Indian journal of veterinary science and animal husbandry - Volume 11,
Year: 1941
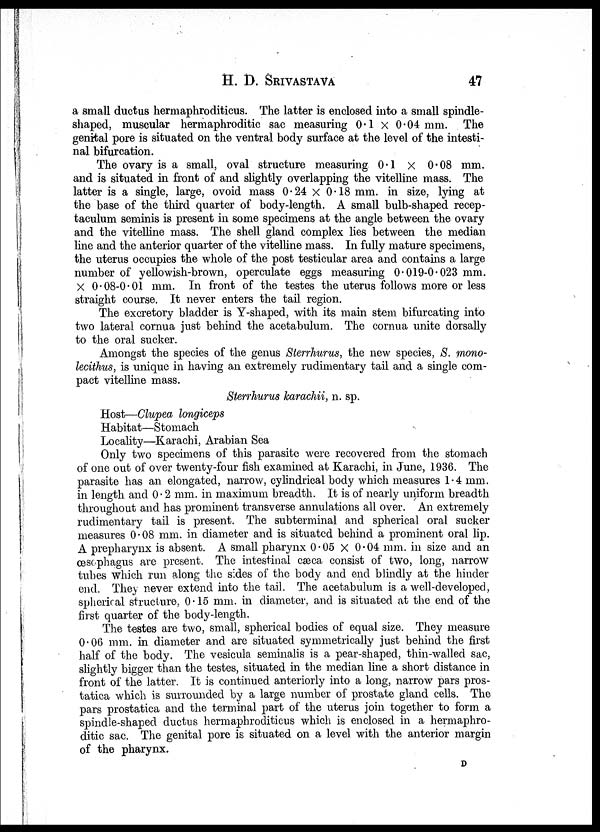
H. D.
SRIVASTAVA
47
a small ductus hermaphroditicus. The latter is enclosed into a small spindle-
shaped, muscular hermaphroditic sac measuring 0.1 × 0.04 mm. The
genital pore is situated on the ventral body surface at the level of the intesti-
nal bifurcation.
The ovary is a small, oval structure measuring 0.1 × 0.08 mm.
and is situated in front of and slightly overlapping the vitelline mass. The
latter is a single, large, ovoid mass 0.24 × 0.18 mm. in size, lying at
the base of the third quarter of body-length. A small bulb-shaped recep¬
taculum seminis is present in some specimens at the angle between the ovary
and the vitelline mass. The shell gland complex lies between the median
line and the anterior quarter of the vitelline mass. In fully mature specimens,
the uterus occupies the whole of the post testicular area and contains a large
number of yellowish-brown, operculate eggs measuring 0.019-0.023 mm.
× 0.08-0.01 mm. In front of the testes the uterus follows more or less
straight course. It never enters the tail region.
The excretory bladder is Y-shaped, with its main stem bifurcating into
two lateral cornua just behind the acetabulum. The cornua unite dorsally
to the oral sucker.
Amongst the species of the genus Sterrhurus, the new species, S. mono¬
lecithus, is unique in having an extremely rudimentary tail and a single com-
pact vitelline mass.
Sterrhurus karachii, n. sp.
Host—Clupea longiceps
Habitat—Stomach
Locality—Karachi, Arabian Sea
Only two specimens of this parasite were recovered from the stomach
of one out of over twenty-four fish examined at Karachi, in June, 1936. The
parasite has an elongated, narrow, cylindrical body which measures 1.4 mm.
in length and 0.2 mm. in maximum breadth. It is of nearly uniform breadth
throughout and has prominent transverse annulations all over. An extremely
rudimentary tail is present. The subterminal and spherical oral sucker
measures 0.08 mm. in diameter and is situated behind a prominent oral lip.
A prepharynx is absent. A small pharynx 0.05 × 0.04 mm. in size and an
œsophagus are present. The intestinal cæca consist of two, long, narrow
tubes which run along the sides of the body and end blindly at the hinder
end. They never extend into the tail. The acetabulum is a well-developed,
spherical structure, 0.15 mm. in diameter, and is situated at the end of the
first quarter of the body-length.
The testes are two, small, spherical bodies of equal size. They measure
0.06 mm. in diameter and are situated symmetrically just behind the first
half of the body. The vesicula seminalis is a pear-shaped, thin-walled sac,
slightly bigger than the testes, situated in the median line a short distance in
front of the latter. It is continued anteriorly into a long, narrow pars pros¬
tatica which is surrounded by a large number of prostate gland cells. The
pars prostatica and the terminal part of the uterus join together to form a
spindle-shaped ductus hermaphroditicus which is enclosed in a hermaphro-
ditic sac. The genital pore is situated on a level with the anterior margin
of the pharynx.
D